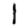
Digit: 1